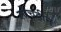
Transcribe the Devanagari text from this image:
लोचहीन